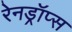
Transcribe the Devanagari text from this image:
रेनड्रॉप्स